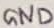
Text: GND